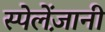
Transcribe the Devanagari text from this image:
स्पेलेंज़ानी